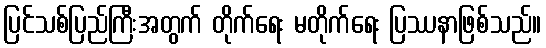
ပြင်သစ်ပြည်ကြီးအတွက် တိုက်ရေး မတိုက်ရေး ပြဿနာဖြစ်သည်။